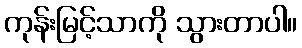
ကုန်းမြင့်သာကို သွားတာပါ။